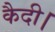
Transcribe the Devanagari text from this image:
कैदी।